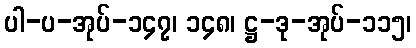
ပါ-ပ-အုပ်-၁၄၇၊ ၁၄၈၊ ဋ္ဌ-ဒု-အုပ်-၁၁၅၊